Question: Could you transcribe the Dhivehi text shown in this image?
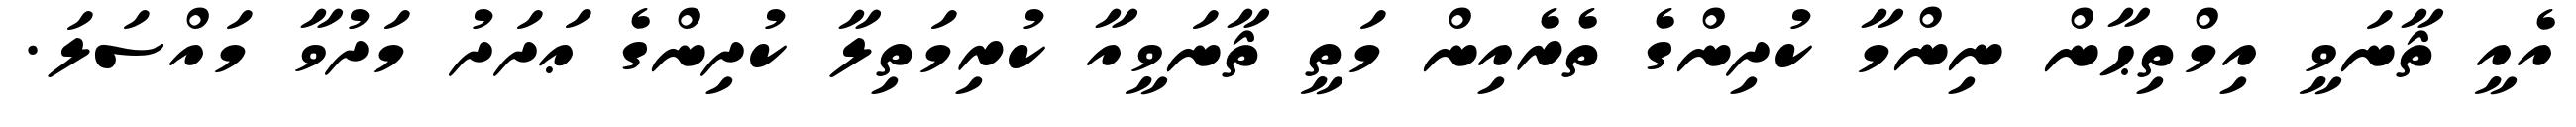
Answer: އެއީ ޘާނަވީ އިމްތިޙާން ނިންމާ ކުދިންގެ ތެރެއިން މަތީ ޘާނަވީއާ ކުރިމަތިލާ ކުދިންގެ ޢަދަދު މަދުވާ މައްސަލަ.